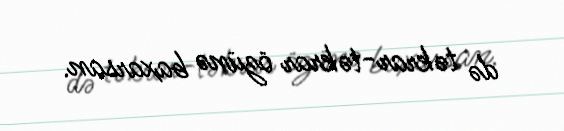
də təkrar-təkrar özünə baxarsan.